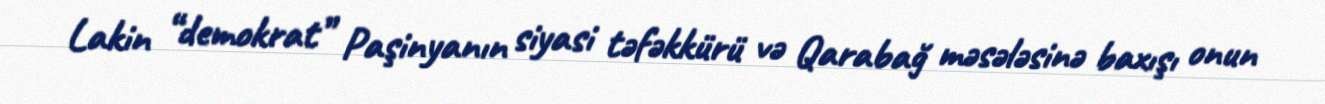
Lakin “demokrat” Paşinyanın siyasi təfəkkürü və Qarabağ məsələsinə baxışı onun